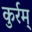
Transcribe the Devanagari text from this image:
कुर्रम्